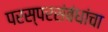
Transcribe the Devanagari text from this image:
परस्परसंबंधांचा